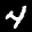
Label: 4